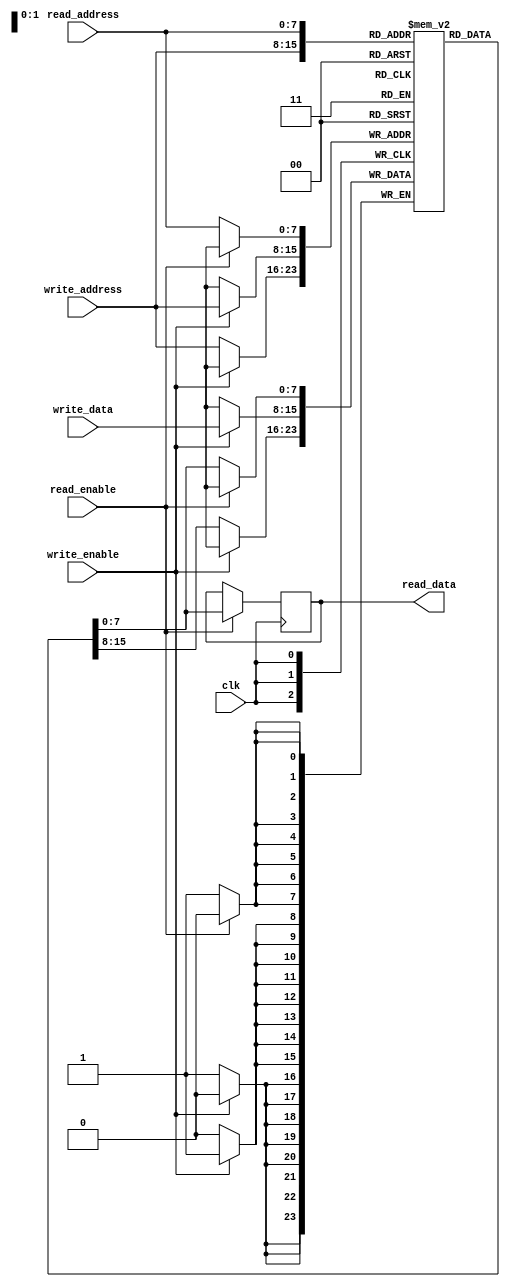
module memory #(  parameter data_width=8,parameter addrs_width=8)
( 
	input 					read_enable,
    input [addrs_width-1:0] read_address,
    input 					write_enable,
    input [addrs_width-1:0] write_address,
    input [data_width-1:0]  write_data,
    input 					clk,
	output  reg [data_width-1:0]  read_data);
	
	reg [data_width-1:0] ram [2**data_width-1:0];
	
	always@(posedge clk)
	begin
		if(write_enable)
		ram [write_address] <= write_data;
		else
		ram [write_address]	<= ram [write_address];	
	end
	
	always@(posedge clk)
	begin
		if(read_enable)
		read_data <= ram [read_address];
		else
		ram [read_address]<= ram [read_address];
	end
	
	
endmodule